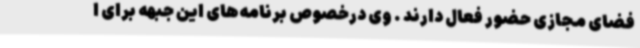
فضای مجازی حضور فعال دارند . وی درخصوص برنامه‌های این جبهه برای ا